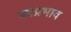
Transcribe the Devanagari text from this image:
काप्रभाव